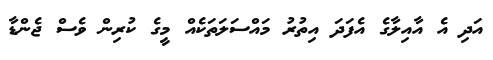
އަދި އެ އާއިލާގެ އެފަދަ އިތުރު މައްސަލަތަކެއް މީގެ ކުރިން ވެސް ޖެންޑާ